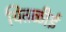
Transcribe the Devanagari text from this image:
चितळीई